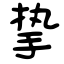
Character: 挚